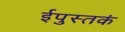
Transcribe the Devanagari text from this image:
ईपुस्तकं